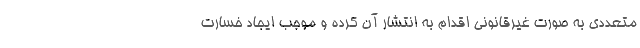
متعددی به صورت غیرقانونی اقدام به انتشار آن کرده و موجب ایجاد خسارت